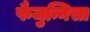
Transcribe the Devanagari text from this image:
फैजुन्निसा